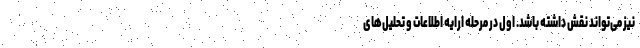
نیز می‌تواند نقش داشته باشد. اول در مرحله ارایه اطلاعات و تحلیل‌های